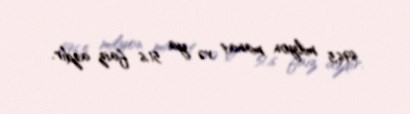
696,5 milyon manat və ya 51,6 faiz azdır.